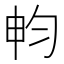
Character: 𣌨